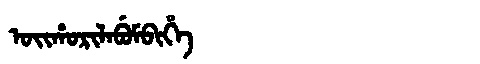
Manchu: ᠣᡳᡥᠣᡵᡳᠯᠠᠪᡠᠮᠪᡳᡥᡝ
Romanization: OIHORILABUMBIHE